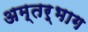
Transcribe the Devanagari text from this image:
अम्तर्भाग